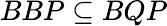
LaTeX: BBP\subseteq BQP